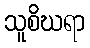
သူစိဃရာ